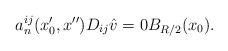
LaTeX: \begin{align*}a_n^{ij}(x_0',x'')D_{ij}\hat v=0B_{R/2}(x_0).\end{align*}